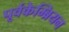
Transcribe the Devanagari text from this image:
पूर्वकेम्ब्रियन